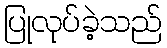
ပြုလုပ်ခဲ့သည်